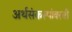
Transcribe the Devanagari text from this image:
अर्थसंकल्पांवरची